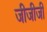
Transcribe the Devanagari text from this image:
जीजीजी